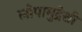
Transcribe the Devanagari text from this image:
लोपामुद्रेशी